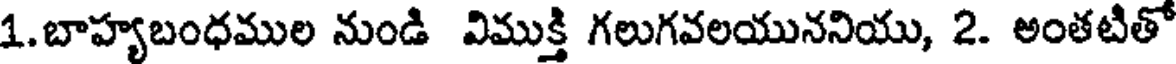
1.బాహ్యబంధముల నుండి విముక్తి గలుగవలయుననియు, 2. అంతటితో